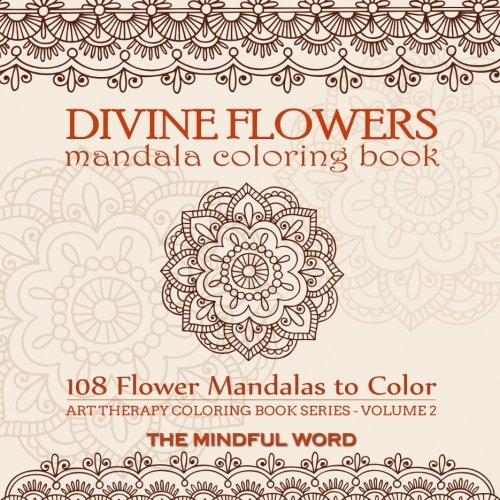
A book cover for Divine Flowers Mandala Coloring Book: Adult Coloring Book with 108 Flower Mandalas Designed to Relieve Stress, Anxiety and Tension [Art Therapy Coloring Book Series, Volume Two]; The Mindful Word; Arts & Photography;